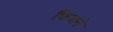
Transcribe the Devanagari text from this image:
फिचने